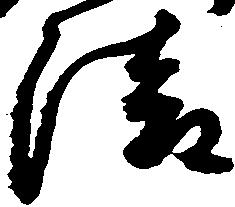
清